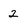
Character: 2